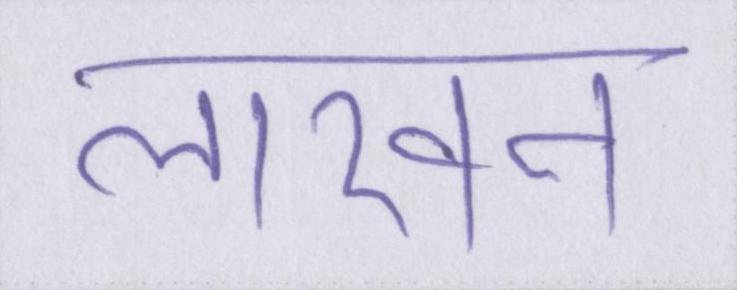
लाखन